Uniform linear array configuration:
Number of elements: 4
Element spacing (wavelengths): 1
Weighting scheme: uniform
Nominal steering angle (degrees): -30
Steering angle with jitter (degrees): -28.907
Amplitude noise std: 0.05
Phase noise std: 0.05

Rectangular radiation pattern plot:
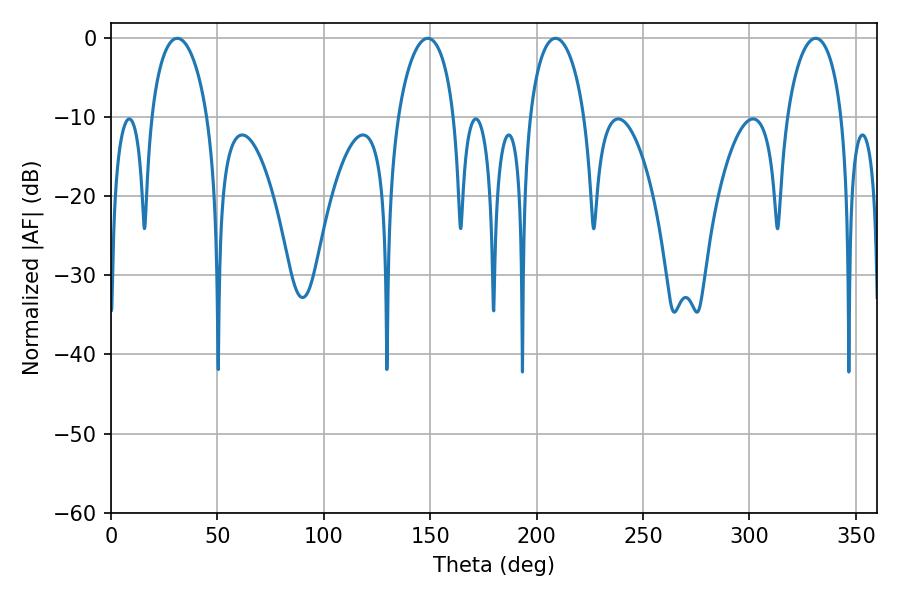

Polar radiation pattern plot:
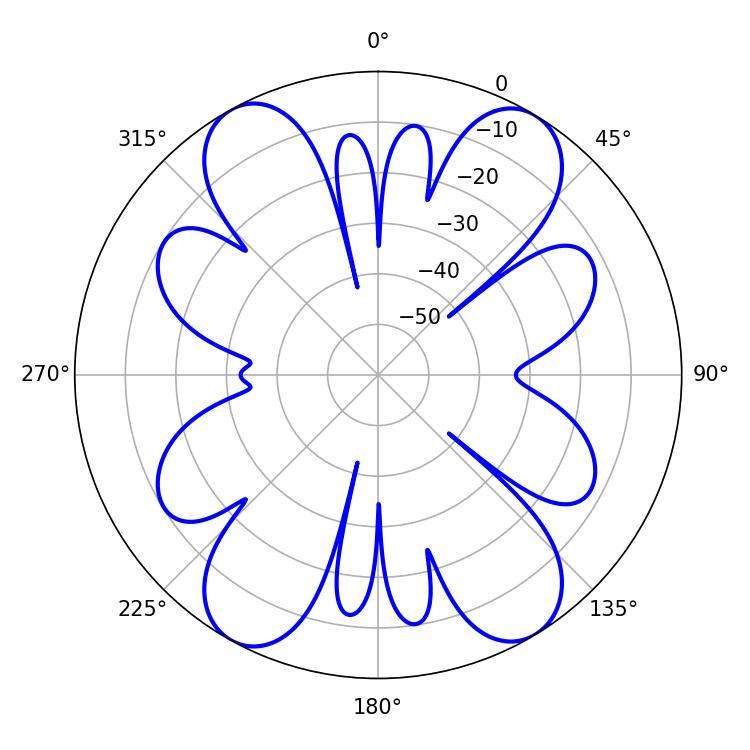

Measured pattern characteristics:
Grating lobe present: TRUE
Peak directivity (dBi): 22.332
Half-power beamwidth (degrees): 15.12
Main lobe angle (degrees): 31.14